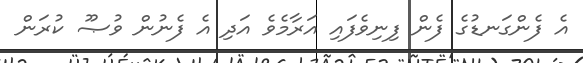
އެ ފެންގަނޑުގެ ފެން ފިނިވެފައި އަރާމެވެ އަދި އެ ފެނުން ވުޞޫ ކުރަން